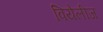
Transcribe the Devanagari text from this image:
वियेलीज